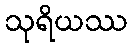
သုရိယဿ